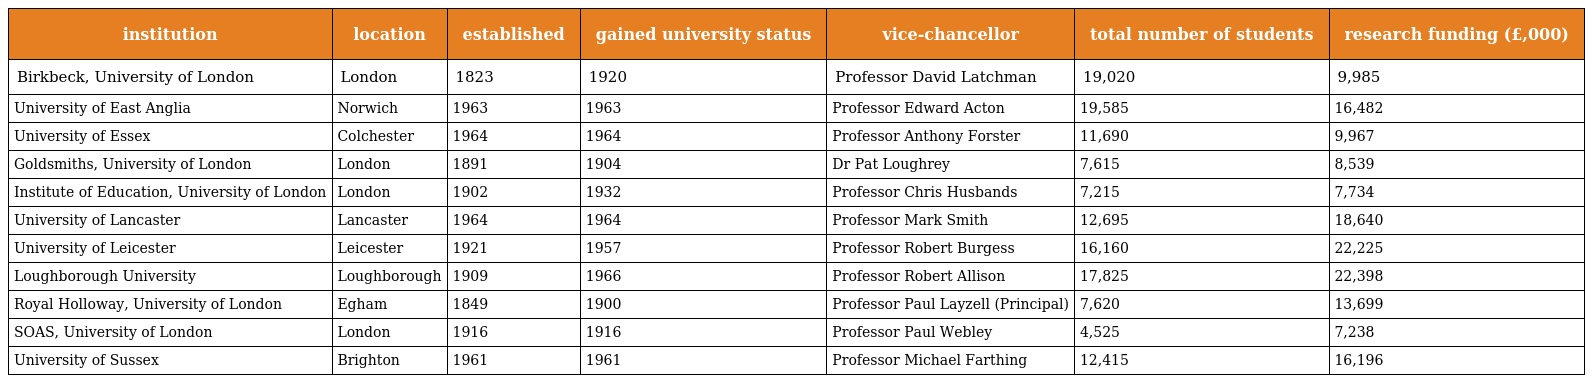
| institution | location | established | gained university status | vice-chancellor | total number of students | research funding (£,000) |
 | --- | --- | --- | --- | --- | --- | --- |
 | Birkbeck, University of London | London | 1823 | 1920 | Professor David Latchman | 19,020 | 9,985 |
 | University of East Anglia | Norwich | 1963 | 1963 | Professor Edward Acton | 19,585 | 16,482 |
 | University of Essex | Colchester | 1964 | 1964 | Professor Anthony Forster | 11,690 | 9,967 |
 | Goldsmiths, University of London | London | 1891 | 1904 | Dr Pat Loughrey | 7,615 | 8,539 |
 | Institute of Education, University of London | London | 1902 | 1932 | Professor Chris Husbands | 7,215 | 7,734 |
 | University of Lancaster | Lancaster | 1964 | 1964 | Professor Mark Smith | 12,695 | 18,640 |
 | University of Leicester | Leicester | 1921 | 1957 | Professor Robert Burgess | 16,160 | 22,225 |
 | Loughborough University | Loughborough | 1909 | 1966 | Professor Robert Allison | 17,825 | 22,398 |
 | Royal Holloway, University of London | Egham | 1849 | 1900 | Professor Paul Layzell (Principal) | 7,620 | 13,699 |
 | SOAS, University of London | London | 1916 | 1916 | Professor Paul Webley | 4,525 | 7,238 |
 | University of Sussex | Brighton | 1961 | 1961 | Professor Michael Farthing | 12,415 | 16,196 |